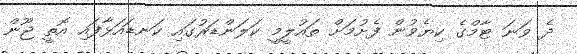
ދެ ވަނަ ޓާމްގެ ކިޔެވުން ފެށުމަށް ތައުލީމީ ކަލަންޑަރުގައި ކަނޑައަޅާފައި އޮތީ ޖޫން